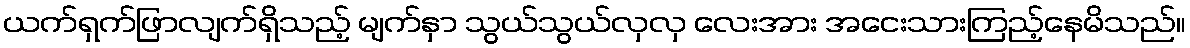
ယက်ရှက်ဖြာလျက်ရှိသည့် မျက်နှာ သွယ်သွယ်လှလှ လေးအား အငေးသားကြည့်နေမိသည်။